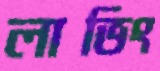
লাভিং